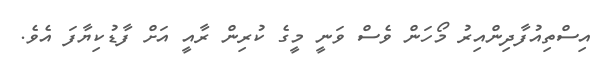
އިސްތިއުފާދިންއިރު މޯހަން ވެސް ވަނީ މީގެ ކުރިން ރާއީ އަށް ފާޑުކިޔާފަ އެވެ.